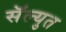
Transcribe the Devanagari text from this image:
सॅल्युत